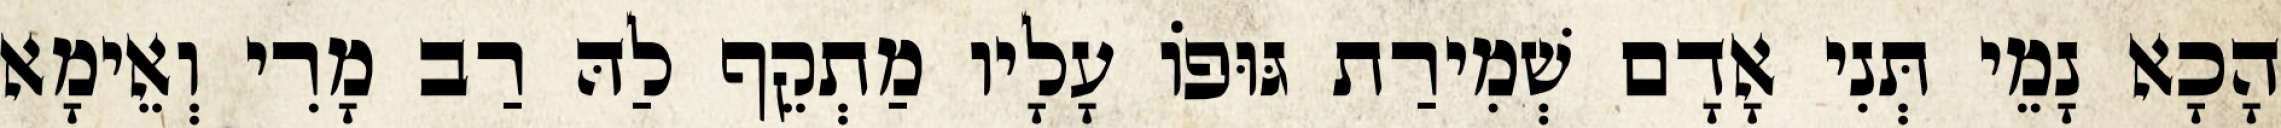
הָכָא נָמֵי תְּנִי אָדָם שְׁמִירַת גּוּפוֹ עָלָיו מַתְקֵף לַהּ רַב מָרִי וְאֵימָא